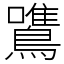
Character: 鷕